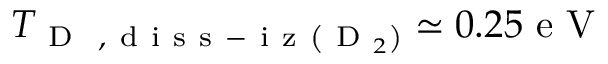
T _ { \mathrm { ~ D ~ } \mathrm { ~ , ~ d ~ i ~ s ~ s ~ - ~ i ~ z ~ } \left( \mathrm { ~ D ~ } _ { 2 } \right) } \simeq 0 . 2 5 \mathrm { ~ e ~ V ~ }